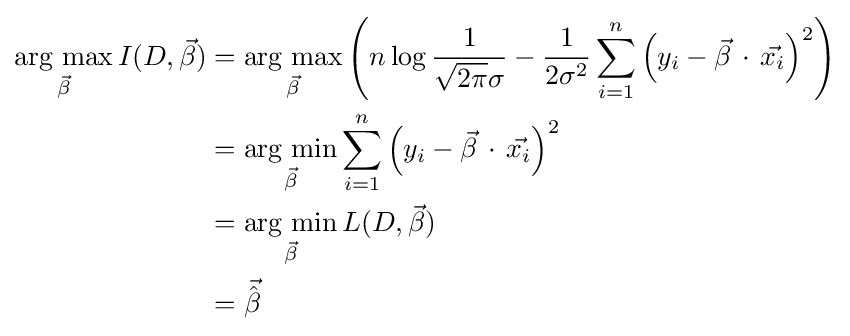
{\begin{aligned}{\underset {\vec {\beta }}{\mbox{arg max}}}\,I(D,{\vec {\beta }})&={\underset {\vec {\beta }}{\mbox{arg max}}}\left(n\log {\frac {1}{{\sqrt {2\pi }}\sigma }}-{\frac {1}{2\sigma ^{2}}}\sum _{i=1}^{n}\left(y_{i}-{\vec {\beta }}\,\cdot \,{\vec {x_{i}}}\right)^{2}\right)\\&={\underset {\vec {\beta }}{\mbox{arg min}}}\sum _{i=1}^{n}\left(y_{i}-{\vec {\beta }}\,\cdot \,{\vec {x_{i}}}\right)^{2}\\&={\underset {\vec {\beta }}{\mbox{arg min}}}\,L(D,{\vec {\beta }})\\&={\vec {\hat {\beta }}}\end{aligned}}